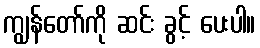
ကျွန်တော်ကို ဆင်း ခွင့် ပေးပါ။